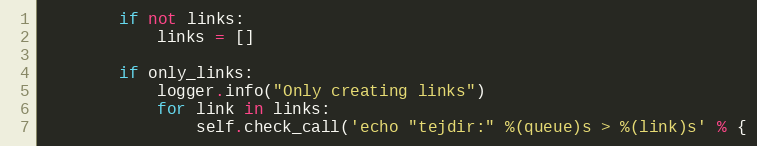
Language: Python
        if not links:
            links = []

        if only_links:
            logger.info("Only creating links")
            for link in links:
                self.check_call('echo "tejdir:" %(queue)s > %(link)s' % {